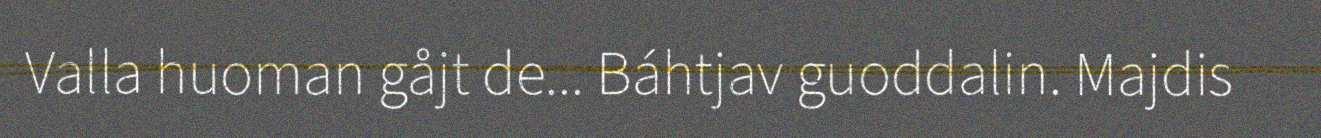
Valla huoman gåjt de... Báhtjav guoddalin. Majdis